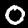
Label: 0